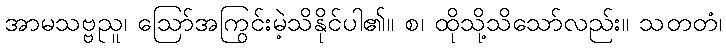
အာမသဗ္ဗညူ၊ ဩော်အကြွင်းမဲ့သိနိုင်ပါ၏။ စ၊ ထိုသို့သိသော်လည်း။ သတတံ၊